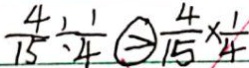
\frac { 4 } { 1 5 } \div \frac { 1 } { 4 } \textcircled { > } \frac { 4 } { 1 5 } \times \frac { 1 } { 4 }